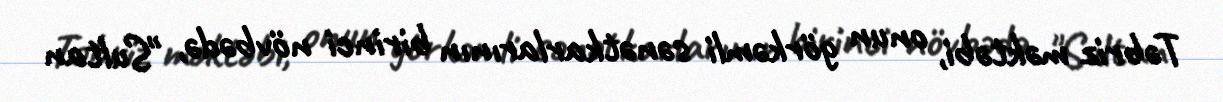
Təbriz məktəbi, onun görkəmli sənətkarlarının birinci növbədə, "Sultan